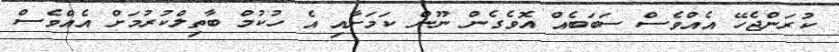
ކުރަންޖެހޭ އެއްވެސް ސަބަބެއް އޮވެގެން ނޫން ކަމަށާއި އެ ހުކުމް ބާތިލްކުރުމަށް އެއްވެސް